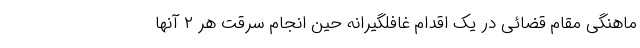
ماهنگی مقام قضائی در یک اقدام غافلگیرانه حین انجام سرقت هر ۲ آنها